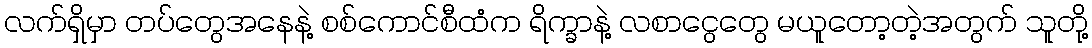
လက်ရှိမှာ တပ်တွေအနေနဲ့ စစ်ကောင်စီထံက ရိက္ခာနဲ့ လစာငွေတွေ မယူတော့တဲ့အတွက် သူတို့